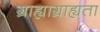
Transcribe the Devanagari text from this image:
ग्राह्याग्राह्यता